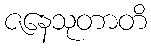
ဇနေသုတာတိ